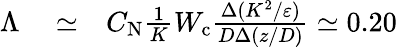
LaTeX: \begin{array}{rlr}{\Lambda}&{{}\simeq}&{C_{\textrm{N}}\frac{1}{K}W_{\textrm{c}}\frac{\Delta(K^{2}/\varepsilon)}{D\Delta(z/D)}\simeq 0.20}\end{array}